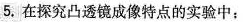
5.在探究凸透镜成像特点的实验中：